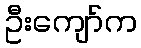
ဦးကျော်က